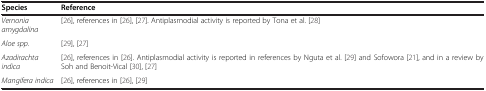
<table><thead><tr><td><b>Species</b></td><td><b>Reference</b></td></tr></thead><tbody><tr><td><i>Vernonia amygdalina</i></td><td>[26], references in [26], [27]. Antiplasmodial activity is reported by Tona et al. [28]</td></tr><tr><td><i>Aloe spp.</i></td><td>[29], [27]</td></tr><tr><td><i>Azadirachta indica</i></td><td>[26], references in [26]. Antiplasmodial activity is reported in references by Nguta et al. [29] and Sofowora [21], and in a review by Soh and Benoit-Vical [30], [27]</td></tr><tr><td><i>Mangifera indica</i></td><td>[26], references in [26], [29]</td></tr></tbody></table>